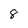
Character: 8